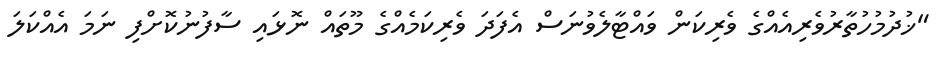
"ޚުދުމުހުތާރުވެރިއެއްގެ ވެރިކަން ވައްޓާލެވުނަސް އެފަދަ ވެރިކަމެއްގެ މޫތައް ނޮޅައި ސާފުނުކޮށްފި ނަމަ އެއްކަލަ